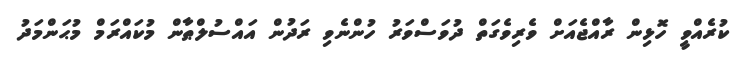
ކުރެއްވީ ހޮޅިން ރާއްޖެއަށް ވެރިވެގަތް ދުވަސްވަރު ހުންނެވި ރަދުން އައްސުލްޠާން މުކައްރަމް މުޙަންމަދު